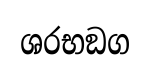
ශරභඞග